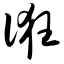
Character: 诳